system: You are a helpful assistant.
user:
Analyze the provided spectrum to determine if it is a **M-type Giant (gM)**.

A M-type Giant spectrum is defined by its **strong molecular absorption** features, particularly from **Titanium Oxide (TiO)**. You must check for one of the following mutually exclusive signatures:

- **Key Visual Indicators (Absorption-Dominated Spectrum):**

    - **(Primary):** The spectrum is dominated by strong molecular absorption from **Titanium Oxide (TiO)**. This is the **defining feature** of its M-type temperature class.
        - **(Key Bandheads):** Look for sharp, "saw-tooth" absorption valleys. The strongest are located near **~7050 Å**, **~6160 Å**, and **~5170 Å**.
        - **(Line Profile):** The "saw-tooth" morphology is critical: a **sharp, steep drop on the BLUE (short-wavelength) side** of the bandhead, followed by a gradual recovery (rising flux) towards the RED (long-wavelength) side.

    - **(Key Confirmation - Giant vs. Dwarf):** **ABSENCE** of strong **Calcium Hydride (CaH)** molecular bands. This is the primary diagnostic for *excluding* M-dwarfs.
        - **(Key Region):** The spectrum should lack the strong, broad absorption band seen in dwarfs between **~6800 Å and ~7000 Å**.

    - **(Secondary Confirmation - Giant):** A very strong and broad **Neutral Calcium (Ca I)** atomic absorption line.
        - **(Key Line):** Located at **~4226 Å**. In a giant (gM), this line is significantly deeper and broader than the same line in an M-dwarf (dM) due to low surface gravity.

    - **(Overall Spectrum):**
        - The continuum is **extremely red-sloping** (i.e., flux is very low in the blue and rises dramatically towards the red).
        - The entire spectrum appears "chopped up" by the deep TiO bands.

Think first, call **spectral_visualization_tool** if needed to examine features in detail, then provide your final answer. Your response must adhere to the following strict rules:
1.  **Overall Structure:** Your response must follow the format `<think>...</think> <tool_call>...</tool_call> (if a tool is used) <answer>...</answer>`.
2.  **Tool Usage Constraint:** You may only make **one** tool call per turn.
3.  **Final Answer Format:** In the `<answer>` tag, your conclusion must be inside a `\boxed{}` command (e.g., `\boxed{YES}` or `\boxed{NO}`), followed by your justification.

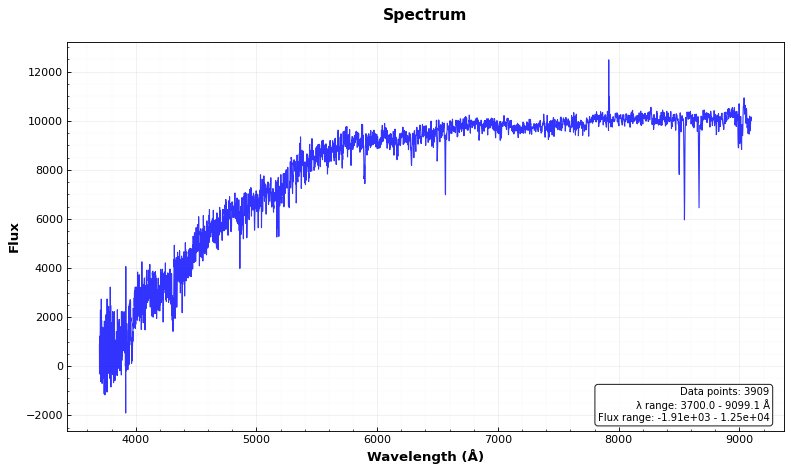
Answer: NO